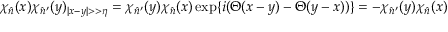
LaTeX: \chi _ { \hat { n } } ( x ) \chi _ { \hat { n } ^ { \prime } } ( y ) _ { | x - y | > > \eta } = \chi _ { \hat { n } ^ { \prime } } ( y ) \chi _ { \hat { n } } ( x ) \exp \{ i ( \Theta ( x - y ) - \Theta ( y - x ) ) \} = - \chi _ { \hat { n } ^ { \prime } } ( y ) \chi _ { \hat { n } } ( x )